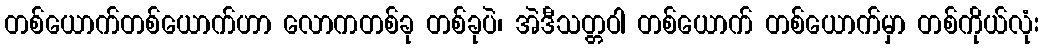
တစ်ယောက်တစ်ယောက်ဟာ လောကတစ်ခု တစ်ခုပဲ၊ အဲဒီသတ္တဝါ တစ်ယောက် တစ်ယောက်မှာ တစ်ကိုယ်လုံး